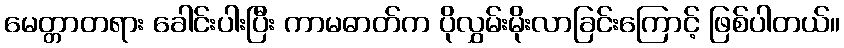
မေတ္တာတရား ခေါင်းပါးပြီး ကာမဓာတ်က ပိုလွှမ်းမိုးလာခြင်းကြောင့် ဖြစ်ပါတယ်။